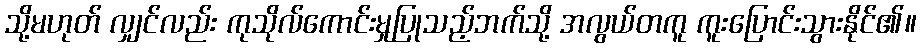
သို့မဟုတ် လျှင်လည်း ကုသိုလ်ကောင်းမှုပြုသည့်ဘက်သို့ အလွယ်တကူ ကူးပြောင်းသွားနိုင်၏။